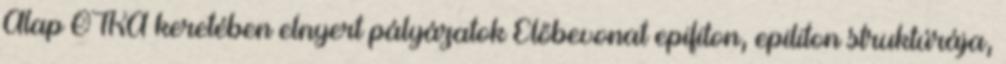
Alap OTKA keretében elnyert pályázatok Élőbevonat epifiton, epiliton struktúrája,